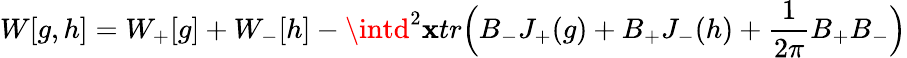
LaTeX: W[g,h]=W_{+}[g]+W_{-}[h]-\intd^{2}\mathbf{x}tr\Big(B_{-}J_{+}(g)+B_{+}J_{-}(h)+\frac{{1}}{{2\pi}}B_{+}B_{-}\Big)